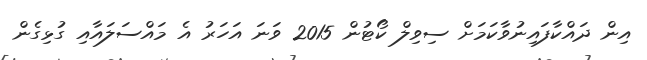
އިން ދައްކާފައިނުވާކަމަށް ސިވިލް ކޯޓުން 2015 ވަނަ އަހަރު އެ މައްސަލައާއި ގުޅިގެން